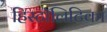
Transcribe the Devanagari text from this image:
हिस्टॉलिटिका